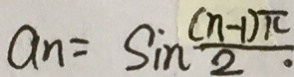
a _ { n } = \sin \frac { ( n - 1 ) \pi } { 2 }